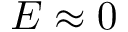
E \approx 0